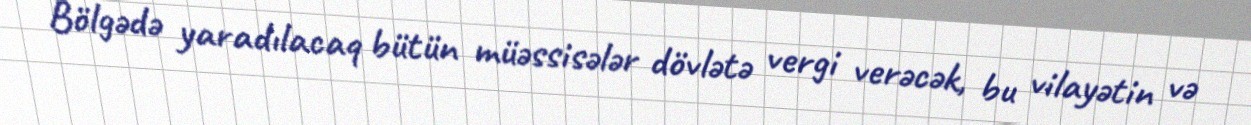
Bölgədə yaradılacaq bütün müəssisələr dövlətə vergi verəcək, bu vilayətin və